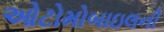
ઓટોમોબાઇલની